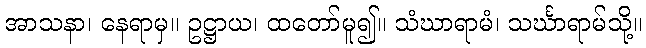
အာသနာ၊ နေရာမှ။ ဥဋ္ဌာယ၊ ထတော်မူ၍။ သံဃာရာမံ၊ သင်္ဃာရာမ်သို့။